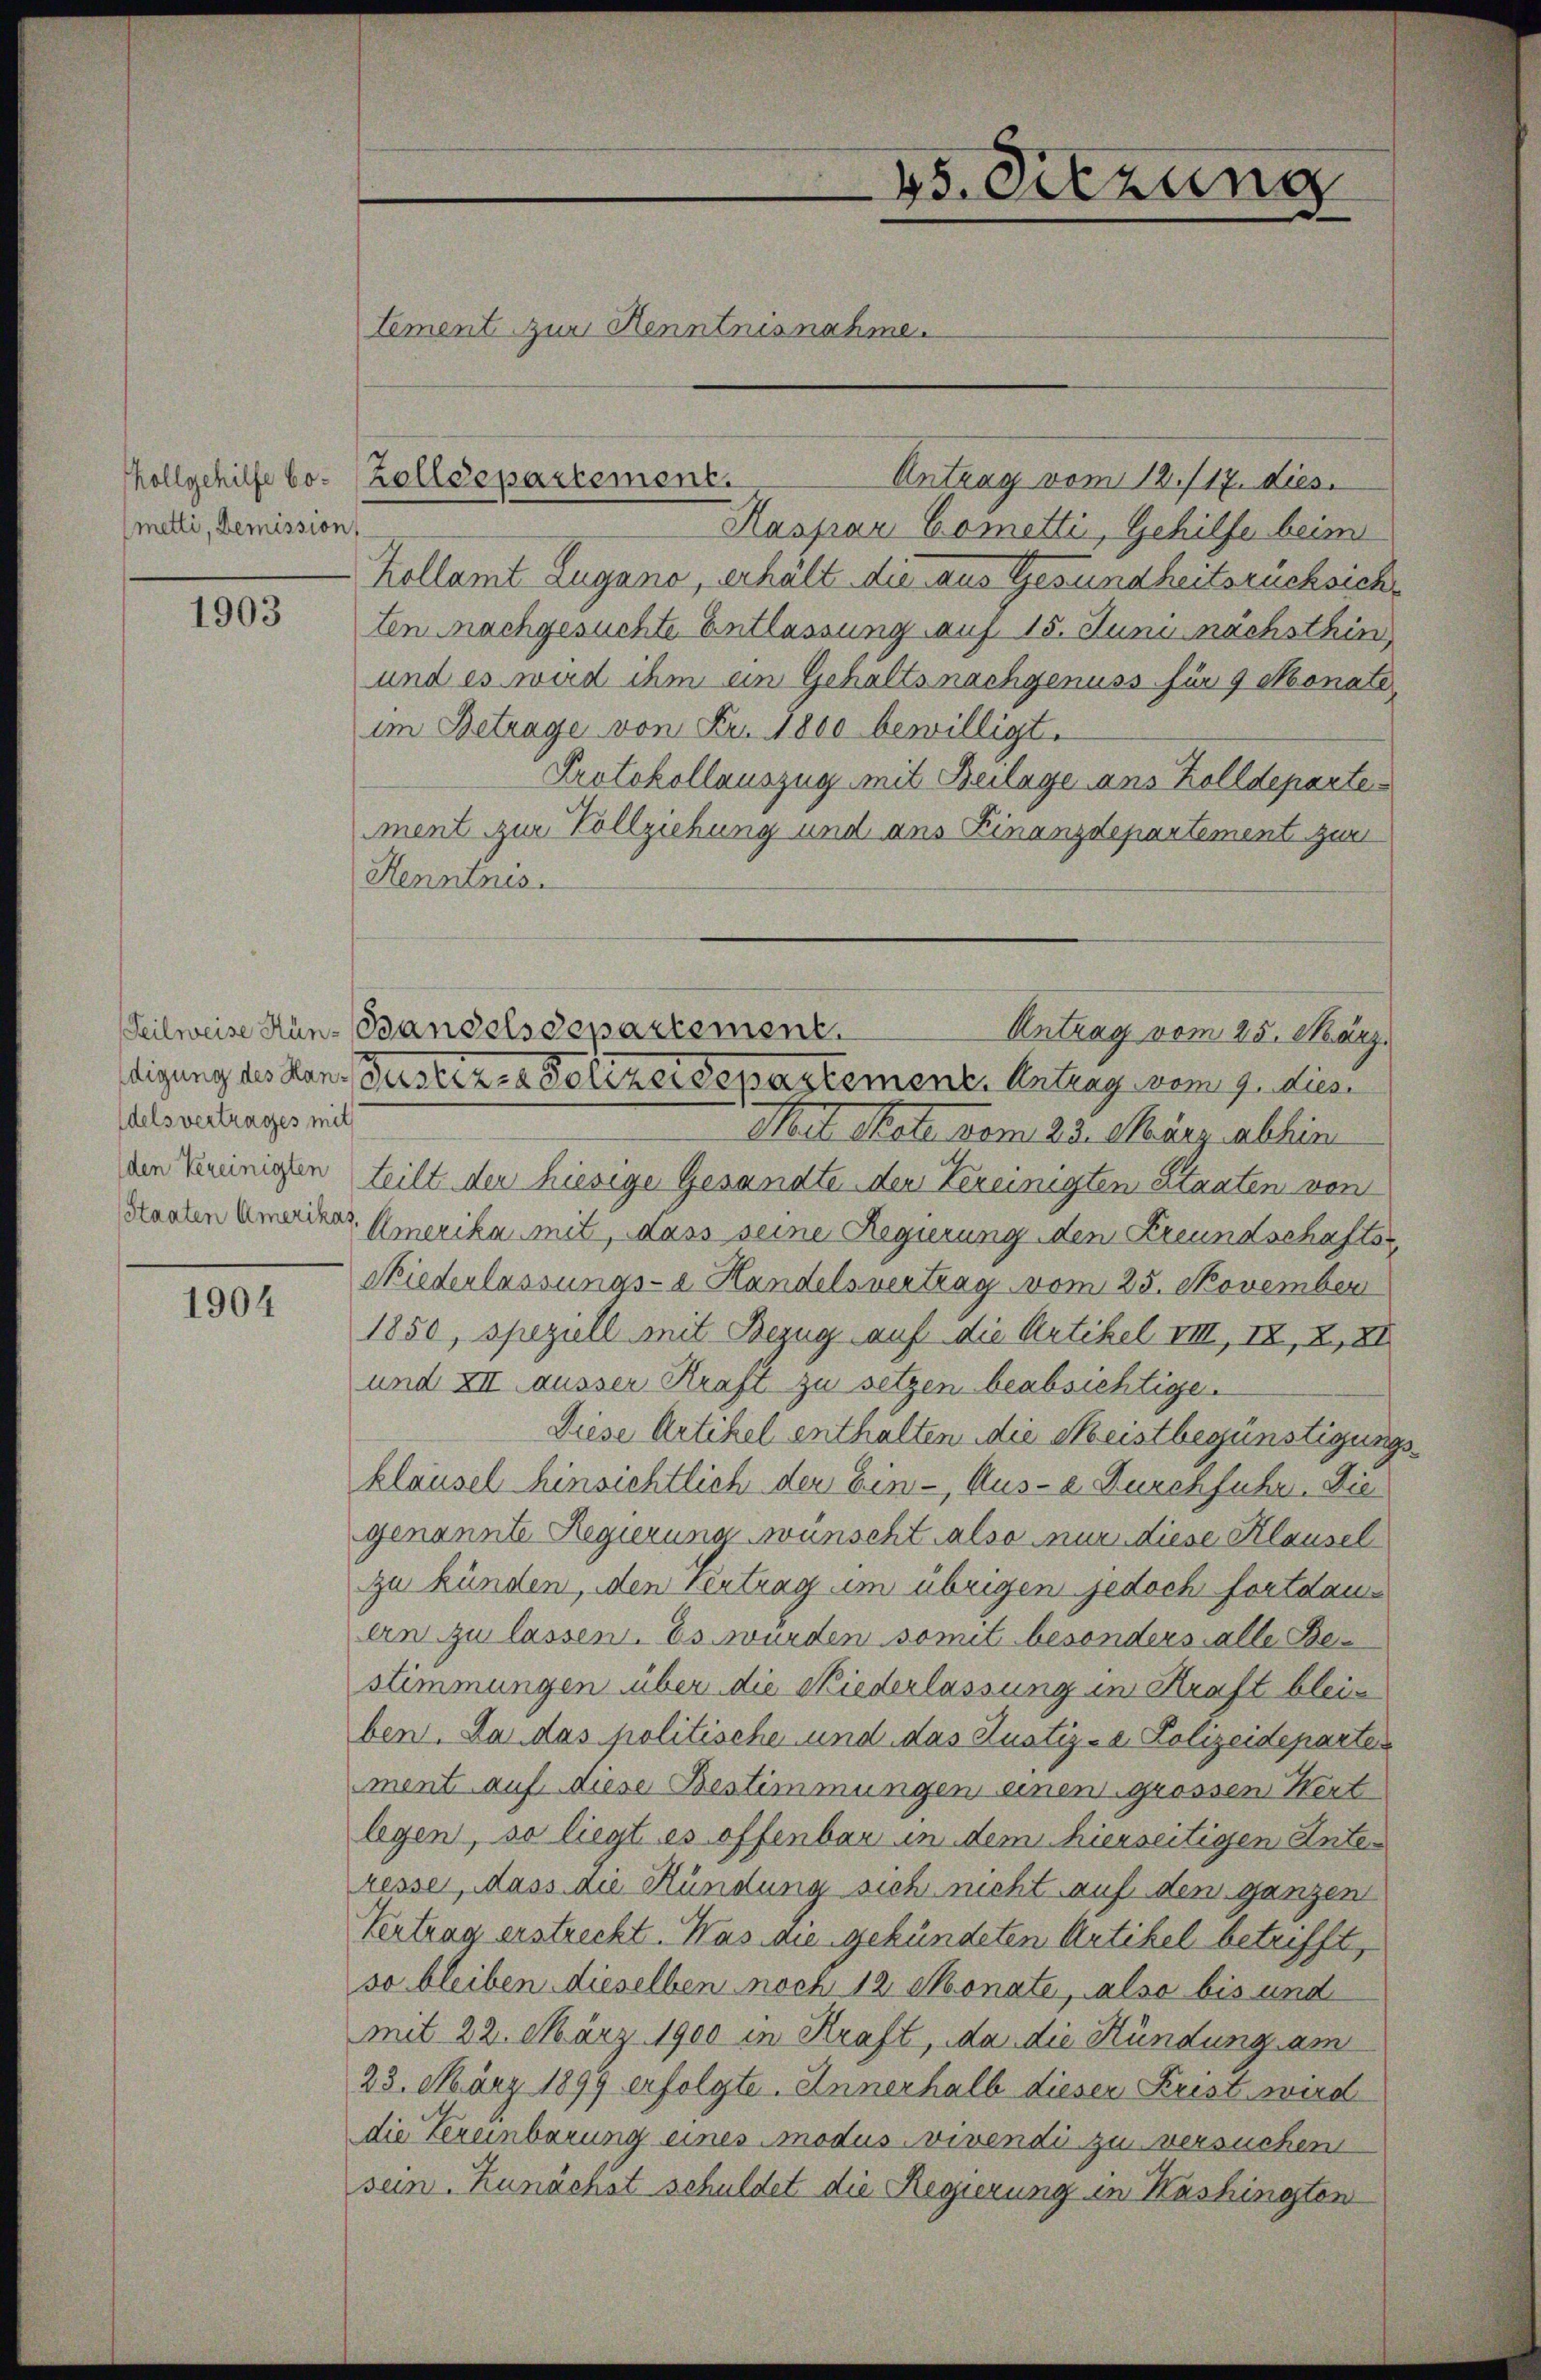
hollgehilfe bo¬
(metti, Demission

1903

delsvertrages mit

1904

45. Setzung
d
tement zur Kenntnisnahme.

Antrag vom 12. 117. dies
Haspar Cometti, Gehilfe beim
Kollamt Zugano, erhält die aus Gesundheitsrücksich
tennachgesuchte Entlassung auf 15. Juni nächsthin
und es wird ihm ein Gehalts nachgenuss für 9 Monate,
im Betrage von Fr. 1800 bewilligt.
Protokollauszug mit Beilage aus Zolldeparte
ment zur Vollziehung und aus Kinanzdepartement zur
Henntnis.
Mit Note vom 23. März abhin
den Vereinigen teilt der hiesige Gesandte den Vereinigten Staaten von
Staaten Amerikas Amerika mit, dass seine Regierung den Freundschafts-
Niederlassungs-a Handelsvertrag vom 25. November
1850, speziell mit Bezug auf die Artikel VIII, II, 2, 81
und XIII ausser Kraft zu setzen beabsichtige.
Diese Artikel enthalten die Meistbegünstigung
klausel hinsichtlich der Ein- Aus-e Durchfuhr. Die
genannte Regierung wünscht also nur diese Klausel
zu künden, den Vertrag im übrigen jedoch fortdauen zu lassen. Es wurden somit besonders alle Bestimmungen über die Niederlassung in Kraft bleiben. Da das politische und das Justiz- & Polizeideparten
ment auf diese Bestimmungen einen grossen Kert
legen, so liegt es offenbar in dem hierseitigen Inter
resse, dass die Kündung sich nicht auf den ganzen
Vertrag erstreckt. Was die gekündeten Artikel betrifft,
so bleiben dieselben noch 12 Monate, also bis und
mit 22. März 1900 in Kraft, da die Kündung am
23. März 1899 erfolgte. Innerhalb dieser Krist wird
die Zereinbarung eines modus vivendi zu versuchen
sein. Zunächst schuldet die Regierung in Kashingten

Zolldepartement.

Teilweise Hün-Bandelsdepartement.
Antrag vom 25. März.
digung des Hans Justiz- & Polizeidepartement. Antrag vom 9. dies